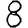
Digit: 8